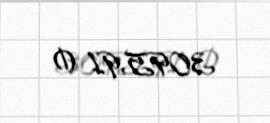
3095,91 ₼